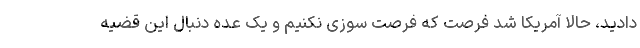
دادید، حالا آمریکا شد فرصت که فرصت سوزی نکنیم و یک عده دنبال این قضیه